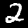
Label: 2